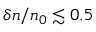
\delta n / n _ { 0 } \lesssim 0 . 5